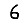
Digit: 6